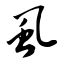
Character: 虱